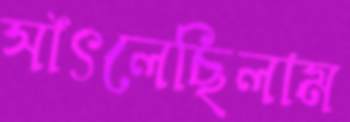
সাঁৎলেছিলাম